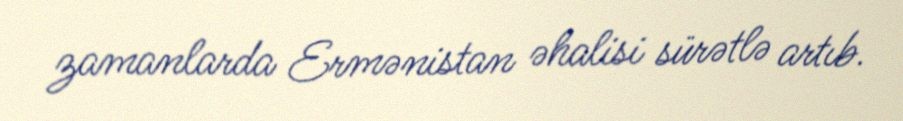
zamanlarda Ermənistan əhalisi sürətlə artıb.